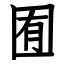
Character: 囿